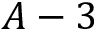
A - 3